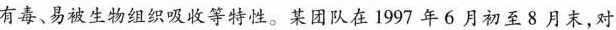
有毒、易被生物组织吸收等特性。某团队在1997年6月初至8月末，对